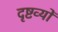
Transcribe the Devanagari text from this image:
दृष्टव्यों